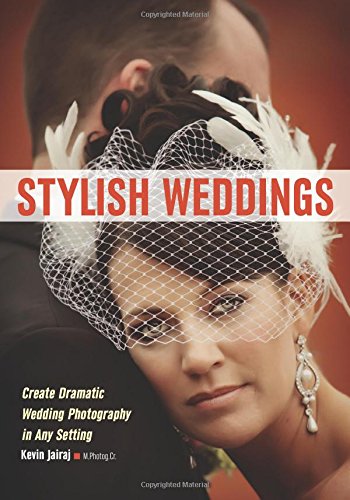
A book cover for Stylish Weddings: Create Dramatic Wedding Photography in Any Setting; Crafts, Hobbies & Home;